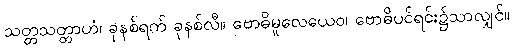
သတ္တသတ္တာဟံ၊ ခုနစ်ရက် ခုနစ်လီ။ ဗောဓိမူလေယေဝ၊ ဗောဓိပင်ရင်း၌သာလျှင်။